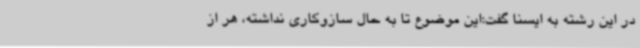
در این رشته به ایسنا گفت:این موضوع تا به حال سازوکاری نداشته، هر از